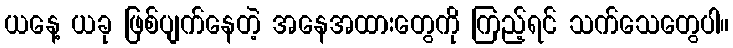
ယနေ့ ယခု ဖြစ်ပျက်နေတဲ့ အနေအထားတွေကို ကြည့်ရင် သက်သေတွေပါ။